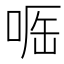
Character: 𠶲